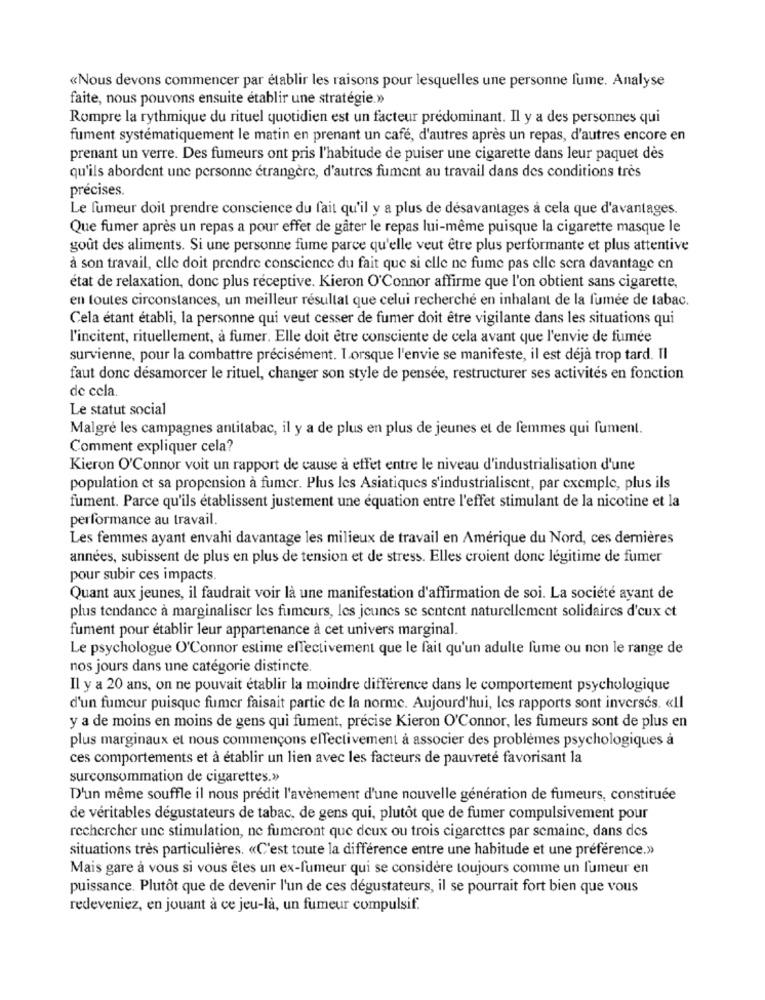
«Nous devons commencer par établir les raisons pour lesquelles une personne fume. Analyse
faite, nous pouvons ensuite établir une stratégie.»
Rompre la rythmique du rituel quotidien est un facteur predominant. Il y a des personnes qui
fument systématiquement le matin en prenant un café, d'autres après un repas, d'autres encore en
prenant un verre. Des fumeurs ont pris l'habitude de puiser une cigarette dans leur paquet dès
qu'ils abordent une personne étrangère, d'autres fument au travail dans des conditions très
précises.
Le fumeur doit prendre conscience du fait qu'il y a plus de désavantages à cela que d'avantages.
Que fumer après un repas a pour effer de gâter le repas lui-même puisque la cigarette masque le
goût des aliments. Si une personne fume parce qu'elle veut être plus performante et plus attentive
à son travail, elle doit prendre conscience du fait que si elle ne fume pas elle sera davantage en
état de relaxation, donc plus réceptive. Kieron O'Connor affirme que l'on obtient sans cigarette,
en toutes circonstances, un meilleur résultat que celui recherché en inhalant de la fumée de tabac.
Cela étant établi, la personne qui veut cesser de fumer doit être vigilante dans les situations qui
l'incitent, rituellement, à fumer. Elle doit être consciente de cela avant que l'envie de fumée
survienne, pour la combattre précisément. Lorsque l'envie se manifeste, il est déjà trop tard. Il
faut donc désamorcer le rituel, changer son style de pensée, restructurer ses activités en fonction
de cela.
Le statut social
Malgré les campagnes antitabac, il y a de plus en plus de jeunes et de femmes qui fument.
Comment expliquer cela?
Kieron O'Connor voit un rapport de cause à effet entre le niveau d'industrialisation d'une
population et sa propension à fumer. Plus les Asiatiques s'industrialisent, par exemple, plus ils
fument. Parce qu'ils établissent justement une équation entre l'effet stimulant de la nicotine et la
performance au travail.
Les femmes ayant envahi davantage les milieux de travail en Amérique du Nord, ces dernières
années, subissent de plus en plus de tension et de stress. Elles croient donc légitime de fumer
pour subir ces impacts.
Quant aux jeunes, il faudrait voir là une manifestation d'affirmation de soi. La société ayant de
plus tendance à marginaliser les fumeurs, les jeunes se sentent naturellement solidaires d'eux et
fument pour établir leur appartenance à cet univers marginal.
Le psychologue O'Connor estime effectivement que le fait qu'un adulte fume ou non le range de
nos jours dans une catégorie distincte.
Il y a 20 ans, on ne pouvait établir la moindre différence dans le comportement psychologique
d'un fumeur puisque fumer faisait partie de la norme. Aujourd'hui, les rapports sont inversés. «Il
y a de moins en moins de gens qui fument, précise Kieron O'Connor, les fumeurs sont de plus en
plus marginaux et nous commençons effectivement à associer des problèmes psychologiques à
ces comportements et à établir un lien avec les facteurs de pauvreté favorisant la
surconsommation de cigarettes.»
D'un même souffle il nous prédit l'avènement d'une nouvelle génération de fumeurs, constituée
de véritables dégustateurs de tabac, de gens qui, plutôt que de fumer compulsivement pour
rechercher une stimulation, ne fumeront que deux ou trois cigarettes par semaine, dans des
situations très particulières. «C'est toute la différence entre une habitude et une préférence.»
Mais gare à vous si vous êtes un ex-fumeur qui se considère toujours comme un fumeur en
puissance. Plutôt que de devenir l'un de ces dégustateurs, il se pourrait fort bien que vous
redeveniez, en jouant à ce jeu-là, un fumeur compulsif.